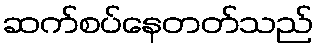
ဆက်စပ်နေတတ်သည်